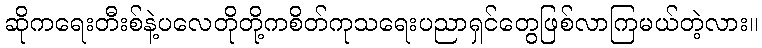
ဆိုကရေးတီးစ်နဲ့ပလေတိုတို့ကစိတ်ကုသရေးပညာရှင်တွေဖြစ်လာကြမယ်တဲ့လား။